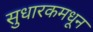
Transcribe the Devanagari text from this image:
सुधारकमधून